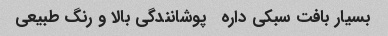
بسیار بافت سبکی داره   پوشانندگی بالا و رنگ طبیعی